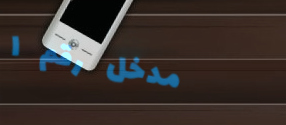
مدخل رقم ١